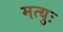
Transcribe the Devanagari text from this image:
मत्युः